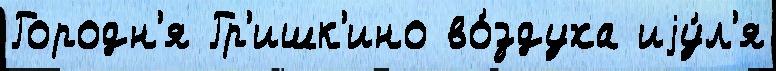
Городн'я Гр'ишк'ино во́здуха иjу́л'я